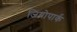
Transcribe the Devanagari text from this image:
जियोपार्क